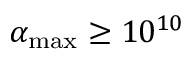
\alpha _ { \mathrm { m a x } } \geq 1 0 ^ { 1 0 }